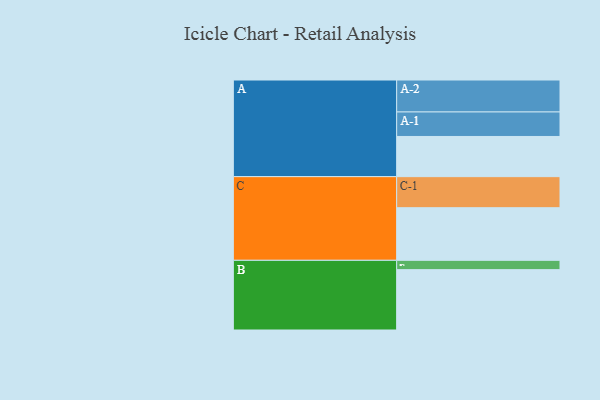
{"axis": {"x": "Segment", "y": "Value"}, "legend": ["", "A", "B", "C"], "data": [{"x": "A", "y": 362, "type": ""}, {"x": "B", "y": 544, "type": ""}, {"x": "C", "y": 474, "type": ""}, {"x": "A-1", "y": 221, "type": "A"}, {"x": "A-2", "y": 288, "type": "A"}, {"x": "B-1", "y": 84, "type": "B"}, {"x": "C-1", "y": 280, "type": "C"}]}